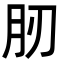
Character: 肕